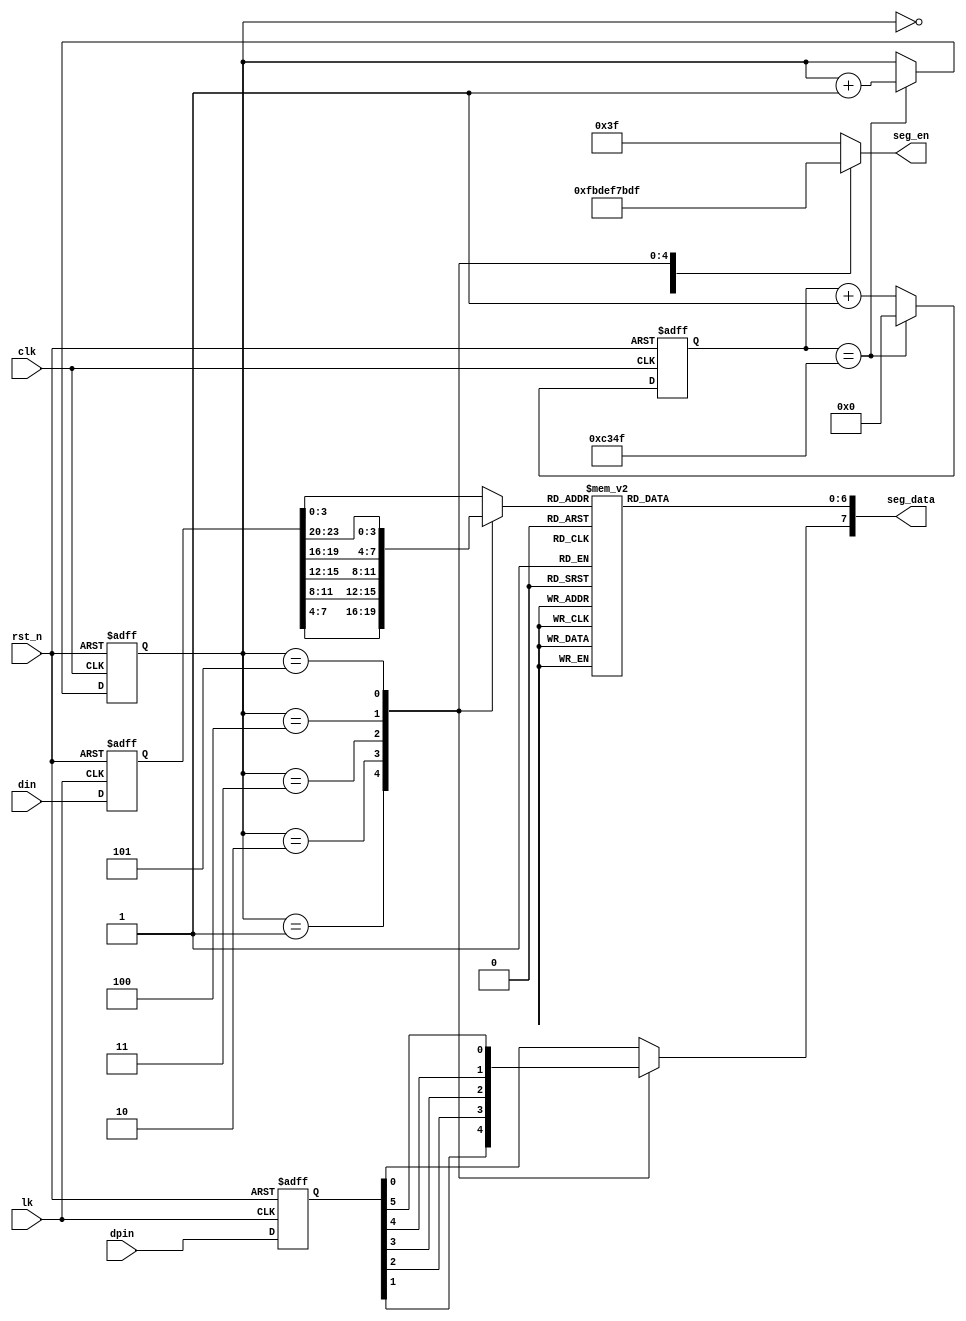
module seg_scan
(	
	// 
	input                   clk,//
    input                   rst_n,//
    input                   lk,
    input       [23:0]      din,
    input       [ 5:0]      dpin,
	//
	output reg 	[ 7:0]      seg_data,
    output reg 	[ 5:0]      seg_en
);


//---------------------------------------------------------------------------
//--	
//---------------------------------------------------------------------------
reg			[15:0]	time_cnt;			//
reg			[15:0]	time_cnt_n;			//time_cnt
reg			[ 2:0]	led_cnt;				//
reg			[ 2:0]	led_cnt_n;			//led_cnt
reg         [23:0]   din_tmp;          //DIN
reg         [ 3:0]   data_tmp;         //1
reg         [ 5:0]   dpin_tmp;         //DPIN
    

parameter SET_TIME_1MS = 32'd50000;//	

//---------------------------------------------------------------------------
//--		
//---------------------------------------------------------------------------
//
always @ (posedge lk or negedge rst_n) 
begin
	if(!rst_n)									//
		begin
		din_tmp <= 24'h0;					   //din_tmp
		dpin_tmp <= 6'h0;					   //dpin_tmp
		end
	else
	   begin
		din_tmp <= din;				      //din_tmp
		dpin_tmp <= dpin;				      //dpin_tmp
		end
end

//,time_cnt
always @ (posedge clk or negedge rst_n)  
begin
	if(!rst_n)									//
		time_cnt <= 16'h0;					//time_cnt
	else
		time_cnt <= time_cnt_n;				//time_cnt
end

//,1ms
always @ (*)  
begin
	if(time_cnt == SET_TIME_1MS-1)		//1ms
		time_cnt_n = 16'h0;					//1ms,
	else
		time_cnt_n = time_cnt + 16'h1;	//1ms,
end

//,led_cnt
always @ (posedge clk or negedge rst_n)  
begin
	if(!rst_n)									//
		led_cnt <= 3'h0;						//led_cnt
	else
		led_cnt <= led_cnt_n;				//led_cnt
end

//,
always @ (*)  
begin
	if(time_cnt == SET_TIME_1MS-1)		//1ms	
		led_cnt_n = led_cnt + 1'h1;		//1ms,
	else
		led_cnt_n = led_cnt;					//1ms,
end

//,
always @ (*)
begin
	case (led_cnt)  
	  3'b000 : data_tmp = din_tmp[ 3: 0];  //0,0
      3'b001 : data_tmp = din_tmp[ 7: 4];  //1,1
      3'b010 : data_tmp = din_tmp[11: 8];  //2,2
      3'b011 : data_tmp = din_tmp[15:12];  //3,3
      3'b100 : data_tmp = din_tmp[19:16];  //4,4
      3'b101 : data_tmp = din_tmp[23:20];  //5,5	
      default: data_tmp = din_tmp[ 3: 0];	
	endcase 	
end
//,
always @ (*)
begin
	case (data_tmp)  
		4'b0000 : seg_data[6:0] = ~(7'b0111111);	// "0"
		4'b0001 : seg_data[6:0] = ~(7'b0000110);	// "1"
		4'b0010 : seg_data[6:0] = ~(7'b1011011);	// "2"
		4'b0011 : seg_data[6:0] = ~(7'b1001111);	// "3"
		4'b0100 : seg_data[6:0] = ~(7'b1100110);	// "4"
		4'b0101 : seg_data[6:0] = ~(7'b1101101);	// "5"	
		4'b0110 : seg_data[6:0] = ~(7'b1111101);	// "0"
		4'b0111 : seg_data[6:0] = ~(7'b0000111);	// "7"
		4'b1000 : seg_data[6:0] = ~(7'b1111111);	// "8"
		4'b1001 : seg_data[6:0] = ~(7'b1101111);	// "9"
		4'b1010 : seg_data[6:0] = ~(7'b1110111);	// "A"
		4'b1011 : seg_data[6:0] = ~(7'b1111100);	// "b"
		4'b1100 : seg_data[6:0] = ~(7'b0111001);	// "c"
		4'b1101 : seg_data[6:0] = ~(7'b1011110);	// "d"
		4'b1110 : seg_data[6:0] = ~(7'b1111001);	// "E"
		4'b1111 : seg_data[6:0] = ~(7'b1110001);	// "F"
		default:  seg_data[6:0] = ~(7'b0111111);	
	endcase 	
end

//,
always @ (*)
begin
	case (led_cnt)  
		3'b000 : seg_data[7] = dpin_tmp[0];	//0,0
		3'b001 : seg_data[7] = dpin_tmp[1];	//1,1
		3'b010 : seg_data[7] = dpin_tmp[2];	//2,2
		3'b011 : seg_data[7] = dpin_tmp[3];	//3,3
		3'b100 : seg_data[7] = dpin_tmp[4];	//4,4
		3'b101 : seg_data[7] = dpin_tmp[5];	//5,5	
		default: seg_data[7] = dpin_tmp[0];	
	endcase 	
end
//,
always @ (*)
begin
	case (led_cnt)  
		3'b000 : seg_en = 6'b111110;		//0,SEG1
		3'b001 : seg_en = 6'b111101;		//1,SEG2
		3'b010 : seg_en = 6'b111011; 		//2,SEG3
		3'b011 : seg_en = 6'b110111;  	//3,SEG4
		3'b100 : seg_en = 6'b101111;		//4,SEG5
		3'b101 : seg_en = 6'b011111;  	//5,SEG6		
		default: seg_en = 6'b111111;			
	endcase 	
end
endmodule